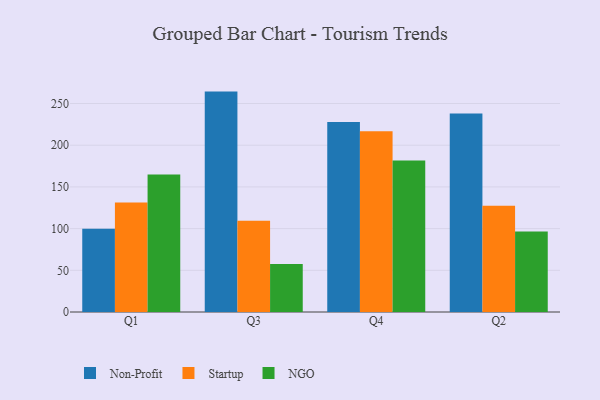
{"axis": {"x": "Quarter", "y": "Inventory Turnover"}, "legend": ["NGO", "Non-Profit", "Startup"], "data": [{"x": "Q1", "y": 99.8, "type": "Non-Profit"}, {"x": "Q1", "y": 131.3, "type": "Startup"}, {"x": "Q1", "y": 164.8, "type": "NGO"}, {"x": "Q3", "y": 264.3, "type": "Non-Profit"}, {"x": "Q3", "y": 109.5, "type": "Startup"}, {"x": "Q3", "y": 57.5, "type": "NGO"}, {"x": "Q4", "y": 227.8, "type": "Non-Profit"}, {"x": "Q4", "y": 216.9, "type": "Startup"}, {"x": "Q4", "y": 181.8, "type": "NGO"}, {"x": "Q2", "y": 238.0, "type": "Non-Profit"}, {"x": "Q2", "y": 127.5, "type": "Startup"}, {"x": "Q2", "y": 96.4, "type": "NGO"}]}